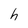
Character: h